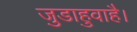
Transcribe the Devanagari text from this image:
जुडाहुवाहै।